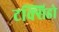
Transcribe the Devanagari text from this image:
टक्सिडो